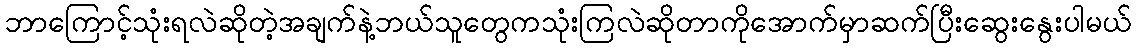
ဘာကြောင့်သုံးရလဲဆိုတဲ့အချက်နဲ့ဘယ်သူတွေကသုံးကြလဲဆိုတာကိုအောက်မှာဆက်ပြီးဆွေးနွေးပါမယ်